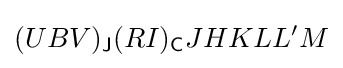
(UBV)_{\mathsf {J}}(RI)_{\mathsf {C}}JHKLL'M